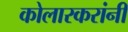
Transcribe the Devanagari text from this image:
कोलारकरांनी